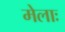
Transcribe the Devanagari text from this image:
मेलाः